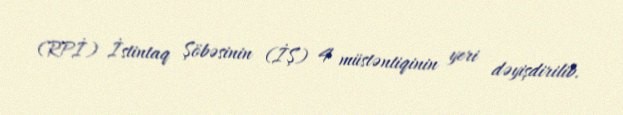
(RPİ) İstintaq Şöbəsinin (İŞ) 4 müstəntiqinin yeri dəyişdirilib.